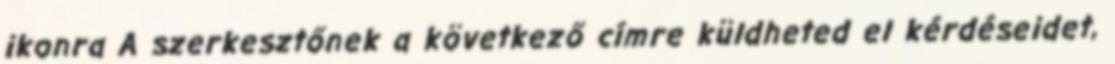
ikonra A szerkesztőnek a következő címre küldheted el kérdéseidet,